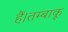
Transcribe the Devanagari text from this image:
हैं।तम्बाकू